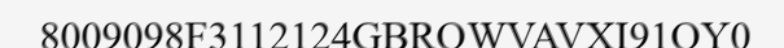
8009098F3112124GBROWVAVXI91OY0